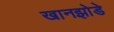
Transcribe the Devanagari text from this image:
खानझोडे